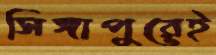
সিঙ্গাপুরেই